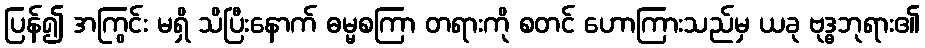
ပြန်၍ အကြွင်း မရှိ သိပြီးနောက် ဓမ္မစကြာ တရားကို စတင် ဟောကြားသည်မှ ယခု ဗုဒ္ဓဘုရား၏